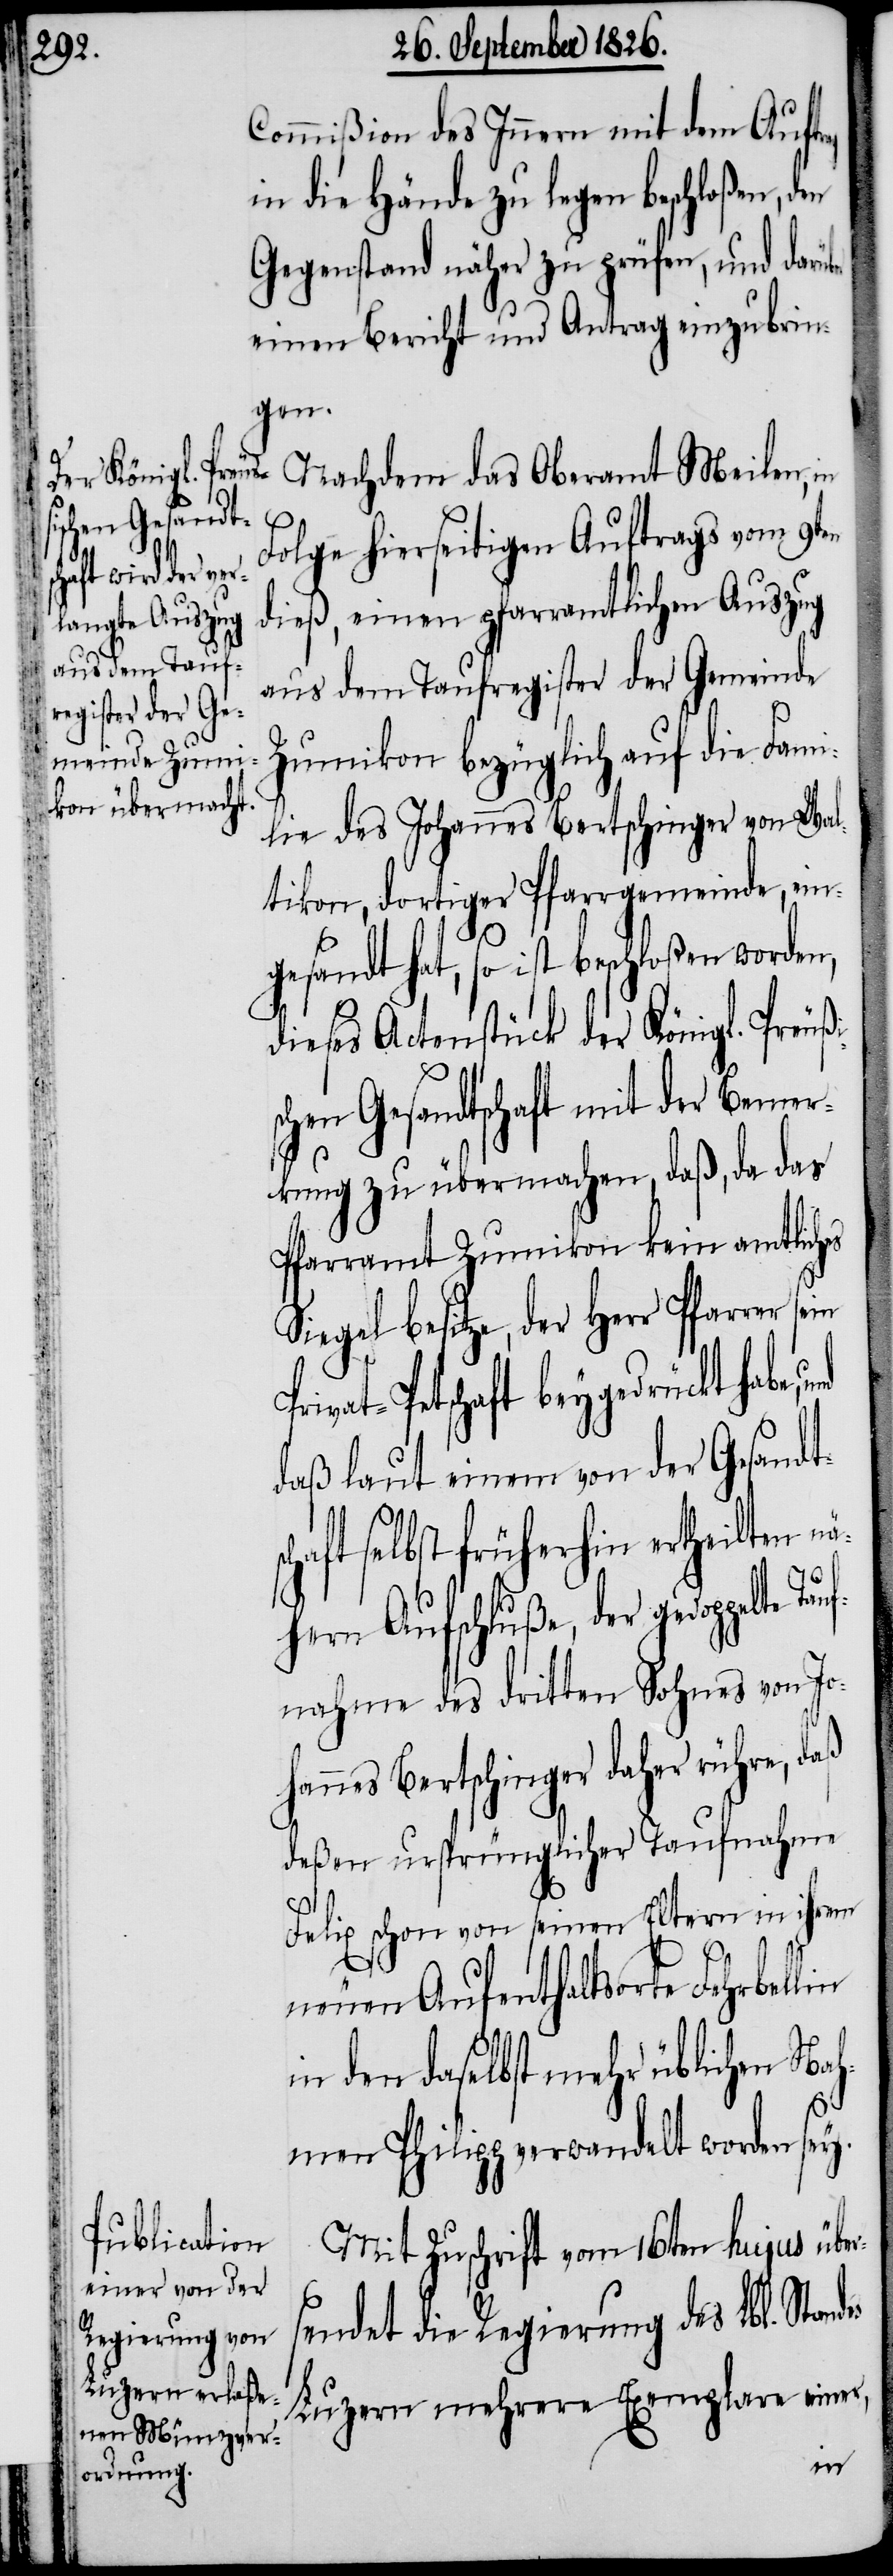
Commißion des Innern mit dem Auftr¬
in die Hände zu legen beschloßen, d¬
Gegenstand näher zu prüfen, und darü¬
einen Bericht und Antrag einzubrin¬
gen.
Nachdem das Oberamt Meilen, in
Folge hierseitigen Auftrags vom 9ten
dieß, einen pfarramtlichen Auszug
aus dem Taufregister der Gemeinde
Zumikon bezüglich auf die Fami¬
lie des Johannes Bertschinger von Wal¬
tikon, dortiger Pfarrgemeinde, ein¬
gesandt hat, so ist beschloßen worden,
dieses Actenstück der Königl. Preußi¬
schen Gesandtschaft mit der Bemer¬
kung zu übermachen, daß, da das
Pfarramt Zumikon kein amtliches
ivat-Petschaft beygedrückt habe,
daß laut einem von der Gesandt¬
haft selbst früherhin ertheilten n¬
ähern Aufschluße, der gedoppelte T¬
nahme des dritten Sohnes von Jo¬
hannes Bertschinger daher rühre, daß
deßen ursprünglicher Taufnahme
Felix schon von seinen Eltern in ihrem
neuen Aufenthaltsorte Fehrbellin
in den daselbst mehr üblichen Nah¬
sc¬
men Philipp verwandelt worden sey.
Mit Zuschrift vom 16ten hujus übe¬
endet die Regierung des Lbl. Standes
Luzern mehrere Exemplare einer,
rs¬